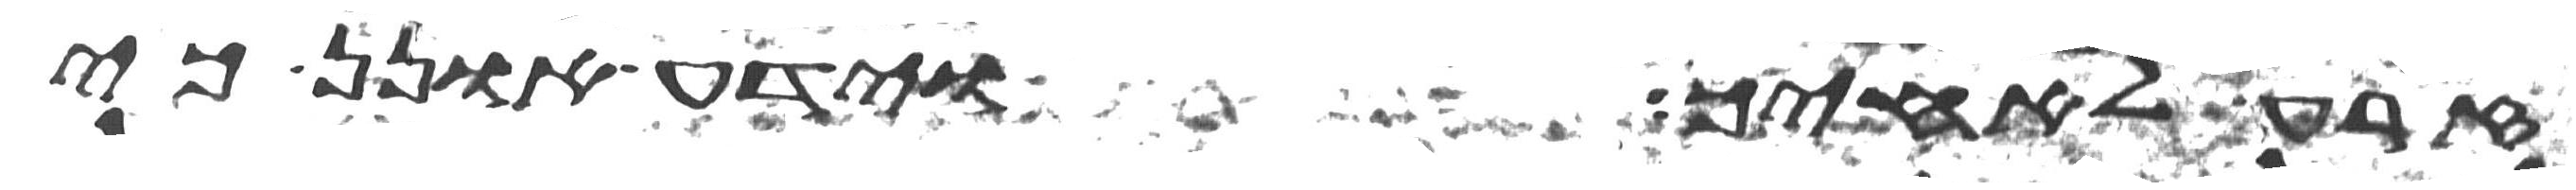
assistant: זרע לאחיך וידע אונן כי